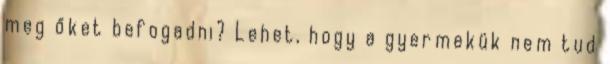
meg őket befogadni? Lehet, hogy a gyermekük nem tud